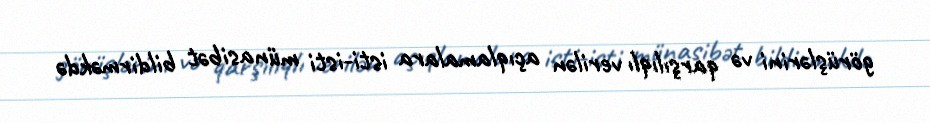
görüşlərini və qarşılıqlı verilən açıqlamalara isti-isti münasibət bildirməkdə